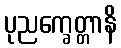
ပုညက္ခေတ္တာနိ